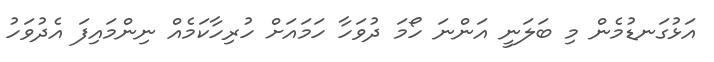
އަޅުގަނޑުމެން މި ބަލަނީ އަންނަ ހޯމަ ދުވަހާ ހަމައަށް ހުރިހާކަމެއް ނިންމައިފަ އެދުވަހު